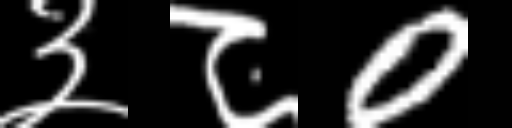
Text: ३८0